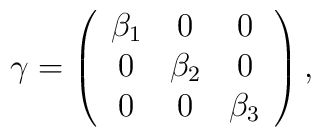
\gamma = \left( \begin{array}{ccc}\beta_1 & 0 & 0\\0 & \beta_2 & 0\\ 0 & 0 & \beta_3\end{array} \right),